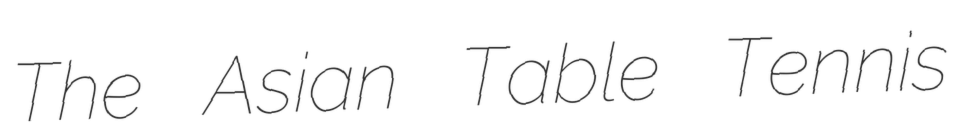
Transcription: The Asian Table Tennis